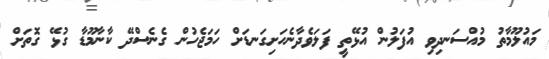
މައުލޫމާތު މުއްސަނދިވި އުފަލުން އުޅޭތީ ފަލަވެދާނެހަށިގަނޑަށް ހަމަޖެހުން ގެނެސްދޭ ކާނާމޫޑާ ގުޅޭ ގޮތަށް